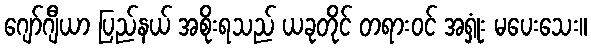
ဂျော်ဂျီယာ ပြည်နယ် အစိုးရသည် ယခုတိုင် တရားဝင် အရှုံး မပေးသေး။